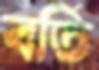
বর্তি